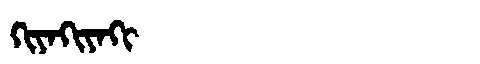
Manchu: ᡴᡳᠶᠠᡴᡳᠶᠠᡴᡳ
Romanization: KIYAKIYAKI